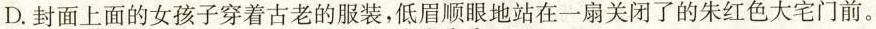
D. 封面上面的女孩子穿着古老的服装，低眉顺眼地站在一扇关闭了的朱红色大宅门前。